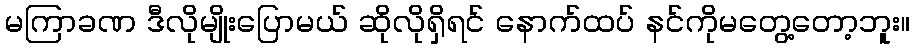
မကြာခဏ ဒီလိုမျိုးပြောမယ် ဆိုလိုရှိရင် နောက်ထပ် နင်ကိုမတွေ့တော့ဘူး။